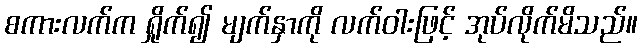
စကားလက်က ရှိုက်၍ မျက်နှာကို လက်ဝါးဖြင့် အုပ်လိုက်မိသည်။